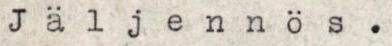
Jäljennös.